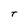
Character: T